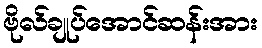
ဗိုလ်ချုပ်အောင်ဆန်းအား